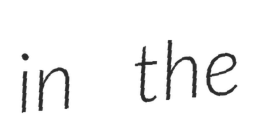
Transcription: in the